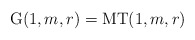
\begin{align*} \mathrm{G}(1,m,r)=\mathrm{MT}(1,m,r) \end{align*}